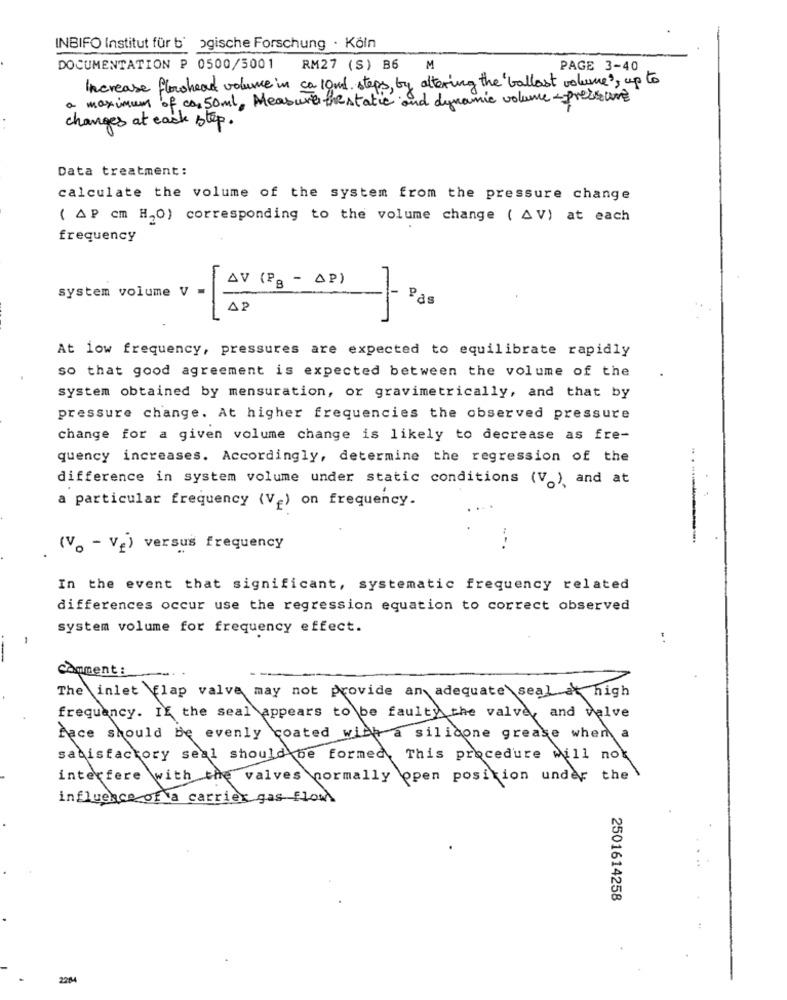
INBIFO Institut für bi ogische Forschung · Köln
DOCUMENTATION P 0500/5001 RM27 (S) B6 M
PAGE 3-40
Increase flowheat volume in ca 10 nd steps, by altering the ' ballast volume's up to
maximum of ca. 50ml, Measure thestatic and dynamic volume - pressure
changes at each step.
Data treatment:
calculate the volume of the system from the pressure change
( AP cm H2O) corresponding to the volume change ( AV) at each
frequency
AV (PB - AP)
system volume V
Pas
AP
At low frequency, pressures are expected to equilibrate rapidly
so that good agreement is expected between the volume of the
system obtained by mensuration, or gravimetrically, and that by
pressure change. At higher frequencies the observed pressure
change for a given volume change is likely to decrease as fre-
quency increases. Accordingly, determine the regression of the
.. .
difference in system volume under static conditions (V.) and at
a particular frequency (V) on frequency.
(V. - V2) versus frequency
In the event that significant, systematic frequency related
differences occur use the regression equation to correct observed
system volume for frequency effect.
Comment :
The inlet Clap valve may not provide an adequate seal a high
frequency. If the seal appears to be faulty the valve, and valve
Pace should be evenly coated with a silicone grease when a
satisfactory seal should be formed, This procedure will not
interfere with the valves normally open position under the
influence of a carrier gas Flow.
2501614258
22:84